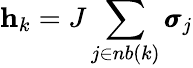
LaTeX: \mathbf h_{k}=J\sum_{j\in nb(k)}\pmb{\sigma}_{j}